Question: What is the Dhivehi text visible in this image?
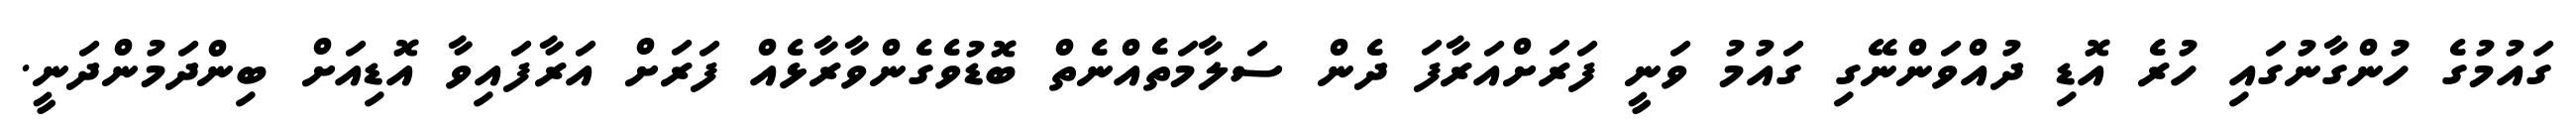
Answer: ގައުމުގެ ހުންގާނުގައި ހުރެ އޮޑި ދުއްވަންނޭގި ގައުމު ވަނީ ފަރަށްއަރާފަ ދެން ސަލާމަތެއްނެތް ބޮޑުވެގެންވާރާޅެއް ފަރަށް އަރާފައިވާ އޮޑިއަށް ބިންދަމުންދަނީ.